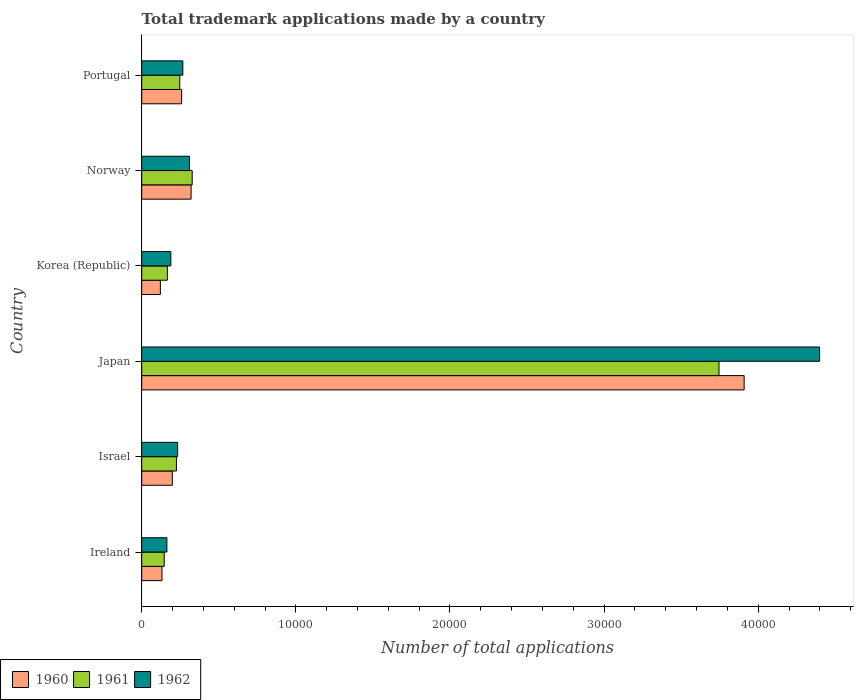
| Country | 1960 | 1961 | 1962 |
 | --- | --- | --- | --- |
 | Ireland | 1.31e+03 | 1.46e+03 | 1.63e+03 |
 | Israel | 1.99e+03 | 2.25e+03 | 2.33e+03 |
 | Japan | 3.91e+04 | 3.75e+04 | 4.4e+04 |
 | Korea (Republic) | 1.21e+03 | 1.66e+03 | 1.89e+03 |
 | Norway | 3.2e+03 | 3.28e+03 | 3.1e+03 |
 | Portugal | 2.59e+03 | 2.47e+03 | 2.67e+03 |